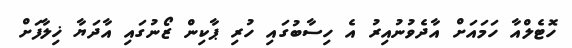
ހޮޓެލްއާ ހަމައަށް އާދެވުނުއިރު އެ ހިސާބުގައި ހުރި ޕާކިން ޒޯނުގައި އާދަޔާ ޚިލާފަށް